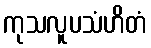
ကုသလူပသံဟိတံ